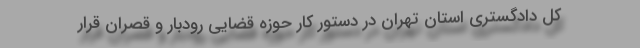
کل دادگستری استان تهران در دستور کار حوزه قضایی رودبار و قصران قرار